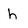
Character: h